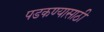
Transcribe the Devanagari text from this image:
पडकण्यासाठी